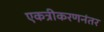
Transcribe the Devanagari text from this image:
एकत्रीकरणनंतर